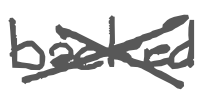
Text: backed
Cross-out: cross
Writing tool: digital_gray